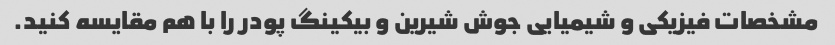
مشخصات فیزیکی و شیمیایی جوش شیرین و بیکینگ پودر را با هم مقایسه کنید.